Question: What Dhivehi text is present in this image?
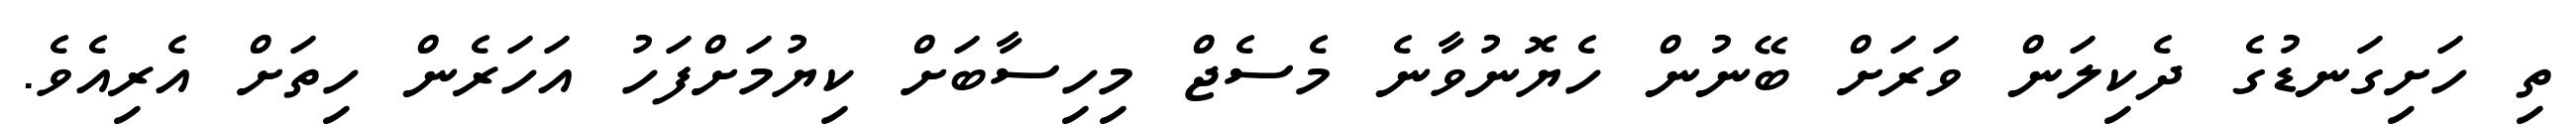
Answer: ތި ހަށިގަނޑުގެ ދެކިލަން ވަރަށް ބޭނުން ހެޔޮނުވާނެ މެސެޖް މިހިސާބަށް ކިޔުމަށްފަހު އަހަރެން ހިތަށް އެރިއެވެ.